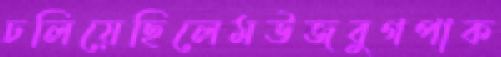
ঢলিয়েছিলেমউজবুগপাক